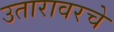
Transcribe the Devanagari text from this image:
उतारावरचे